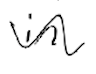
Text: in
Cross-out: wave
Writing tool: digital_black